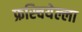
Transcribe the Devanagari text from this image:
फ्रस्चियेल्ला